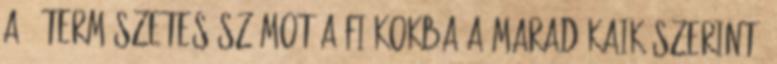
a 4 természetes számot a fiókokba a maradékaik szerint.